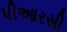
પીઆરસી